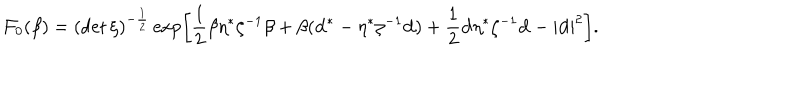
LaTeX: { \cal F } _ { 0 } ( \beta ) = ( \det \zeta ) ^ { - \frac 1 2 } \exp \left[ \frac 1 2 \beta \eta ^ { * } \zeta ^ { - 1 } \beta + \beta ( { \bf d } ^ { * } - \eta ^ { * } \zeta ^ { - 1 } { \bf d } ) + \frac 1 2 { \bf d } \eta ^ { * } \zeta ^ { - 1 } { \bf d } - | { \bf d } | ^ { 2 } \right] .